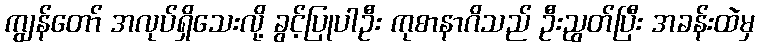
ကျွန်တော် အလုပ်ရှိသေးလို့ ခွင့်ပြုပါဦး ကုစာနာဂိသည် ဦးညွတ်ပြီး အခန်းထဲမှ